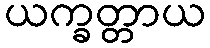
ယက္ခတ္တာယ